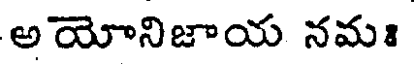
అయోనిజాయ నమః